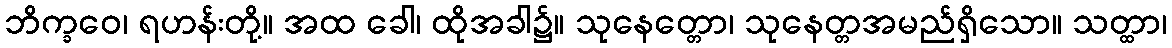
ဘိက္ခဝေ၊ ရဟန်းတို့။ အထ ခေါ၊ ထိုအခါ၌။ သုနေတ္တော၊ သုနေတ္တအမည်ရှိသော။ သတ္ထာ၊